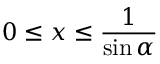
0 \leq x \leq \frac { 1 } { \sin { \alpha } }